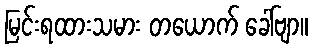
မြင်းရထားသမား တယောက် ခေါ်ဗျာ။